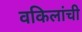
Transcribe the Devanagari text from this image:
वकिलांची